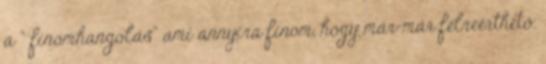
a " finomhangolás" ami annyira finom, hogy már-már félreérthető.